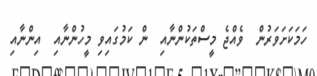
ހަމަކަށަވަރުން  ވެއްޖެ މީސްތަކުންނާއި  ން ކަމުގައިވި މީހުންނާއި  އިންނާއި